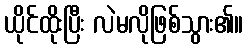
ယိုင်ထိုးပြီး လဲမလိုဖြစ်သွား၏။